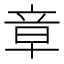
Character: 章